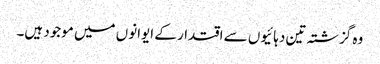
وہ گزشتہ تین دہائیوں سے اقتدار کے ایوانوں میں موجود ہیں۔